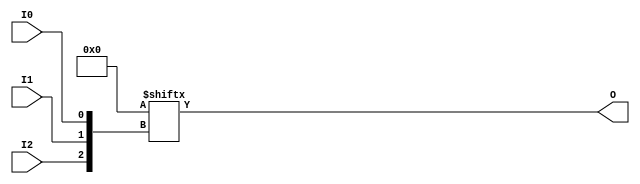
// $Header: /devl/xcs/repo/env/Databases/CAEInterfaces/verunilibs/data/unisims/LUT3.v,v 1.7 2007/05/23 21:43:39 patrickp Exp $
///////////////////////////////////////////////////////////////////////////////
// Copyright (c) 1995/2004 Xilinx, Inc.
// All Right Reserved.
///////////////////////////////////////////////////////////////////////////////
//   ____  ____
//  /   /\/   /
// /___/  \  /    Vendor : Xilinx
// \   \   \/     Version : 10.1
//  \   \         Description : Xilinx Functional Simulation Library Component
//  /   /                  3-input Look-Up-Table with General Output
// /___/   /\     Filename : LUT3.v
// \   \  /  \    Timestamp : Thu Mar 25 16:42:54 PST 2004
//  \___\/\___\
//
// Revision:
//    03/23/04 - Initial version.
//    02/04/05 - Rev 0.0.1 Replace premitive with function; Remove buf.
//    05/23/07 - Changed timescale to 1 ps / 1 ps.

`timescale  1 ps / 1 ps


module LUT3 (O, I0, I1, I2);

    parameter INIT = 8'h00;

    input I0, I1, I2;

    output O;

    reg O;
    reg tmp;
  
    always @(  I2 or  I1 or  I0 )  begin
      tmp =  I0 ^ I1  ^ I2;
      if ( tmp == 0 || tmp == 1)
           O = INIT[{I2, I1, I0}];
      else
           O = lut3_mux4 ( {1'b0, 1'b0, lut3_mux4 (INIT[7:4], {I1, I0}),
                          lut3_mux4 (INIT[3:0], {I1, I0}) }, {1'b0, I2});
    end

  function lut3_mux4;
  input [3:0] d;
  input [1:0] s;

  begin
       if ((s[1]^s[0] ==1) || (s[1]^s[0] ==0))
           lut3_mux4 = d[s];
         else if ((d[0] === d[1]) && (d[2] === d[3]) && (d[0] === d[2]))
           lut3_mux4 = d[0];
         else if ((s[1] == 0) && (d[0] === d[1]))
           lut3_mux4 = d[0];
         else if ((s[1] == 1) && (d[2] === d[3]))
           lut3_mux4 = d[2];
         else if ((s[0] == 0) && (d[0] === d[2]))
           lut3_mux4 = d[0];
         else if ((s[0] == 1) && (d[1] === d[3]))
           lut3_mux4 = d[1];
         else
           lut3_mux4 = 1'bx;
   end
   endfunction

endmodule